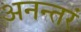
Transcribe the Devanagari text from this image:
अनन्तरं